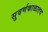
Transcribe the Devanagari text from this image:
सुवर्णकाळातच